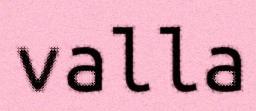
valla